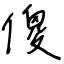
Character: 傻